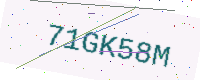
Text: 71GK58M